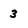
Character: 3